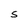
Character: s